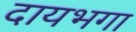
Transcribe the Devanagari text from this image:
दायभगा